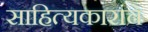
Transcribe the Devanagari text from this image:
साहित्यकारांचे